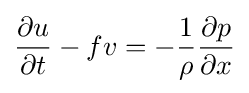
{\frac {\partial u}{\partial t}}-fv=-{\frac {1}{\rho }}{\frac {\partial p}{\partial x}}